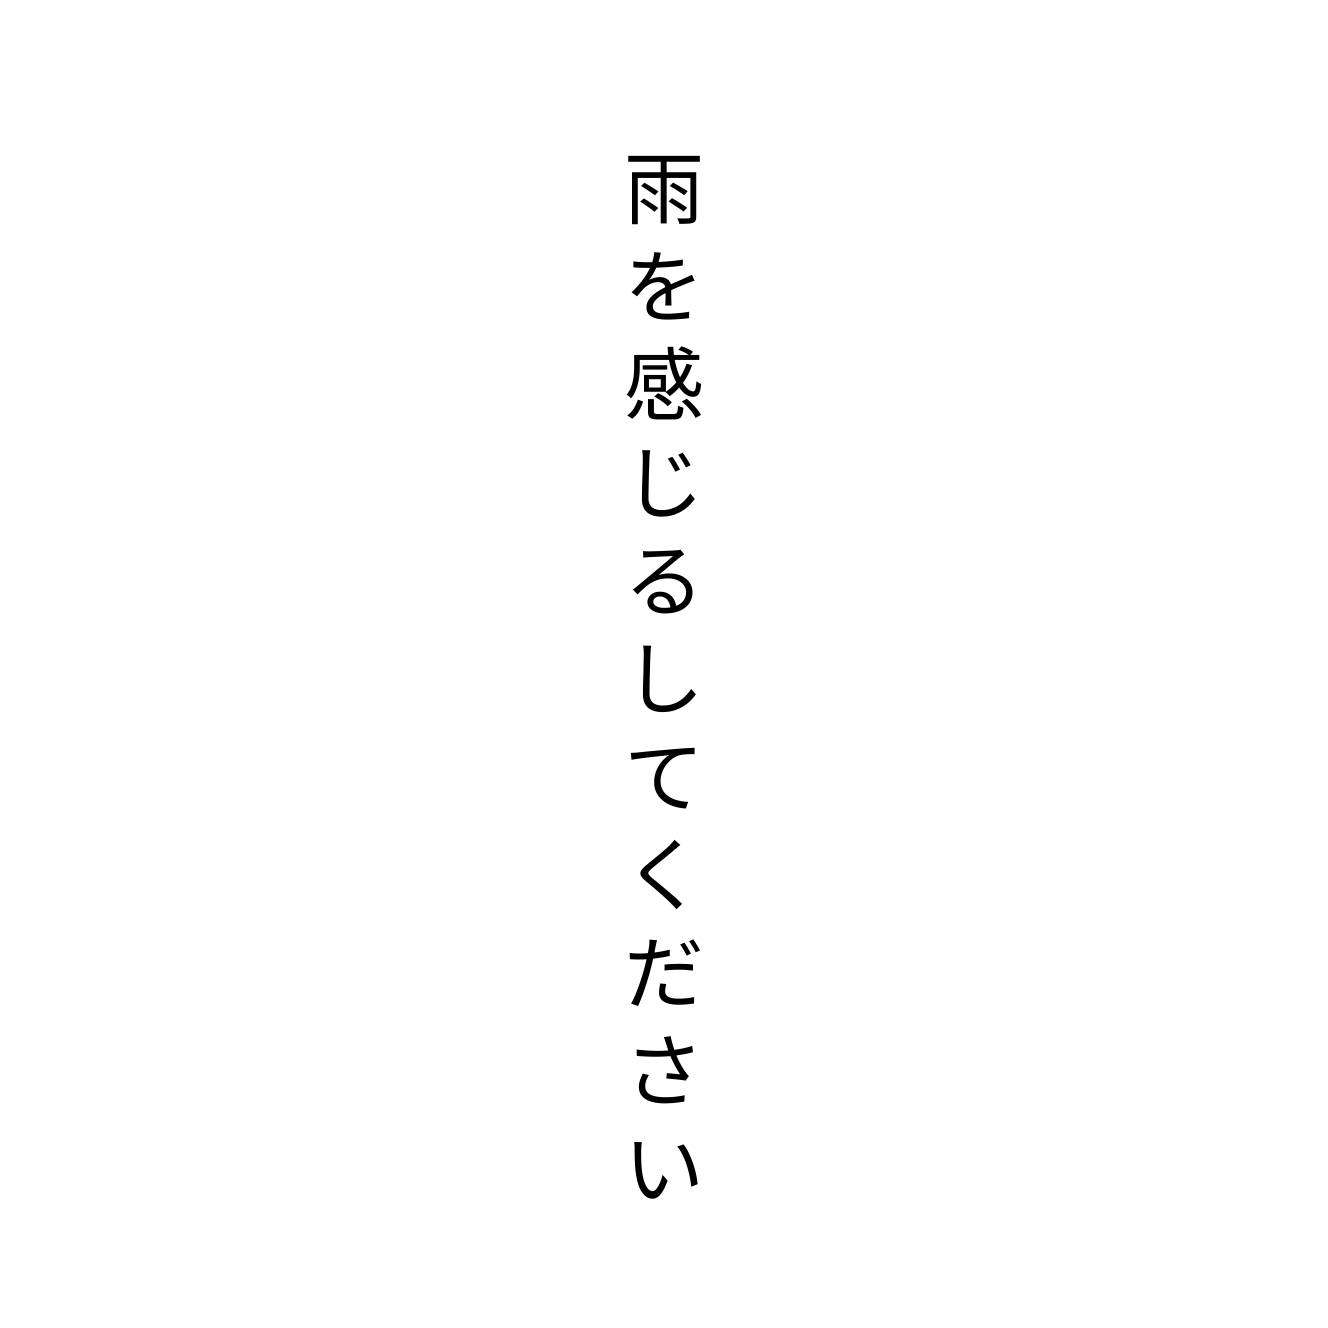
雨を感じるしてください